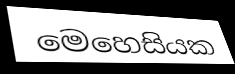
මෙහෙසියක